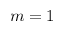
m = 1